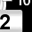
Digit: 2